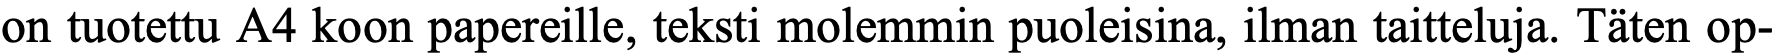
on tuotettu A4 koon papereille, teksti molemmin puoleisina, ilman taitteluja. Täten op-